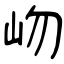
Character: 岉